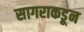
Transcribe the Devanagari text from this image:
सागराकडून